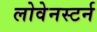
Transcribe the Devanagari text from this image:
लोवेनस्टर्न